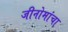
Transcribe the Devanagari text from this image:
जीनोमांचा